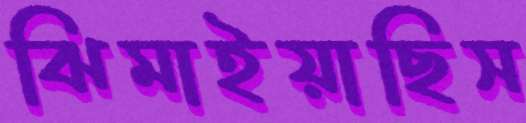
ঝিমাইয়াছিস